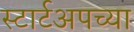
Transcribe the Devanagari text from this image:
स्टार्टअपच्या